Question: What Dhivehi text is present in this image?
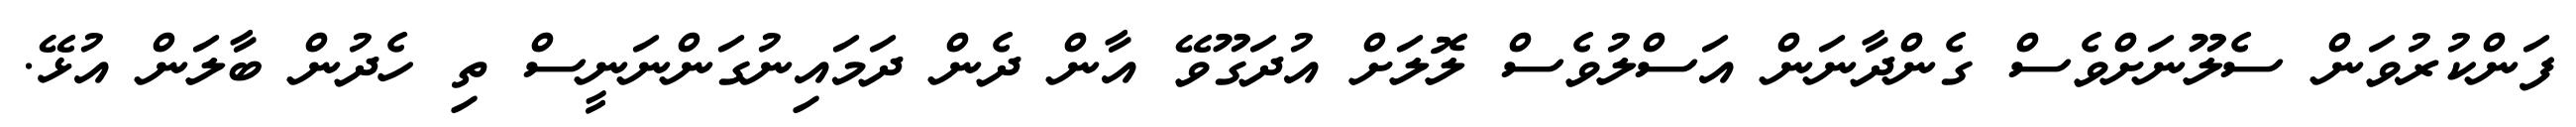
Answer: ފަންކުރުވަން ސެލޫނަށްވެސް ގެންދާނަން އަސްލުވެސް ލޮލަށް އުދަގޫވޭ އާން ދެން ދަމައިނުގަންނަނީސް ތި ހެދުން ބާލަން އުޅޭ.